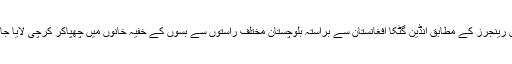
ترجمان رینجرز کے مطابق انڈین گٹکا افغانستان سے براستہ بلوچستان مختلف راستوں سے بسوں کے خفیہ خانوں میں چھپاکر کرچی لایا جاتا ہے ۔